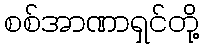
စစ်အာဏာရှင်တို့